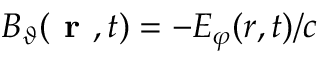
B _ { \vartheta } ( \textbf { r } , t ) = - E _ { \varphi } ( \boldsymbol { r } , t ) / c